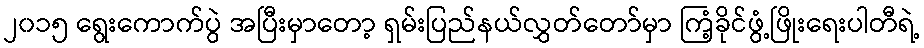
၂၀၁၅ ရွေးကောက်ပွဲ အပြီးမှာတော့ ရှမ်းပြည်နယ်လွှတ်တော်မှာ ကြံ့ခိုင်ဖွံ့ဖြိုးရေးပါတီရဲ့